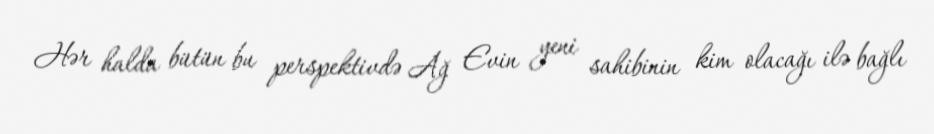
Hər halda bütün bu perspektivdə Ağ Evin yeni sahibinin kim olacağı ilə bağlı